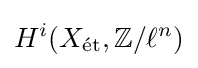
H^{i}(X_{\text{ét}},\mathbb {Z} /\ell ^{n})